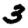
Digit: 3